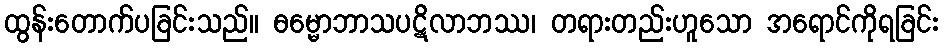
ထွန်းတောက်ပခြင်းသည်။ ဓမ္မောဘာသပဋိလာဘဿ၊ တရားတည်းဟူသော အရောင်ကိုရခြင်း